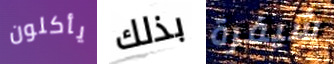
يأكلون بذلك شيفرة